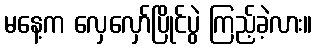
မနေ့က လှေလှော်ပြိုင်ပွဲ ကြည့်ခဲ့လား။